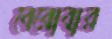
বেরোবার